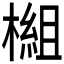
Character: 𬄗